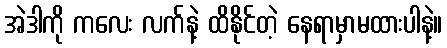
အဲဒါကို ကလေး လက်နဲ့ ထိနိုင်တဲ့ နေရာမှာမထားပါနဲ့။